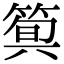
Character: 𥯗